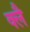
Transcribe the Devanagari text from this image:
क्लै